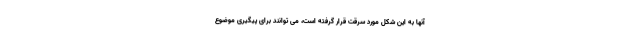
آنها به این شکل مورد سرقت قرار گرفته است، می توانند برای پیگیری موضوع